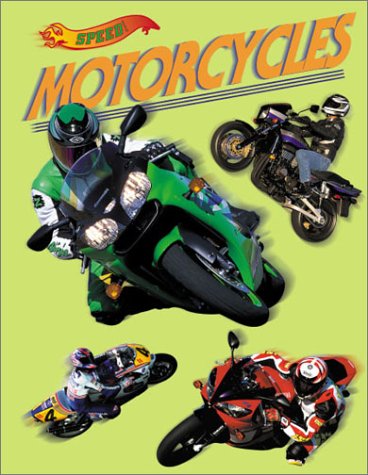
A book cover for Speed! - Motorcycles; Jenifer Corr Morse; Children's Books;